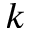
k